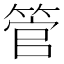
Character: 管